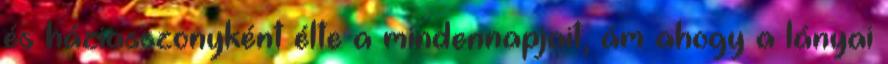
és háziasszonyként élte a mindennapjait, ám ahogy a lányai